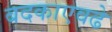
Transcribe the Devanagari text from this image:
बदकाएवढे